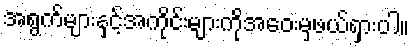
အရွက်များနှင့်အကိုင်းများကိုအဝေးမှဖယ်ရှားပါ။